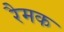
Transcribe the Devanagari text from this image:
रैमक